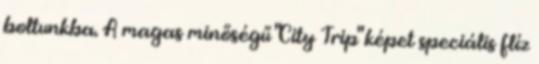
boltunkba. A magas minőségű "City Trip" képet speciális flíz